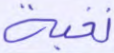
نخبة